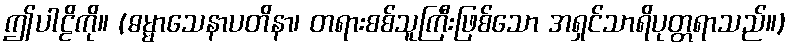
ဤပါဠိကို။ (ဓမ္မာသေနာပတိနာ၊ တရားစစ်သူကြီးဖြစ်သော အရှင်သာရိပုတ္တရာသည်။)